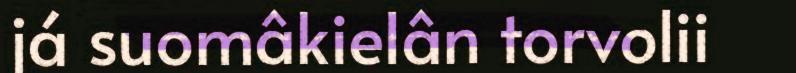
já suomâkielân torvolii